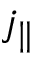
j _ { \| }